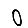
Digit: 0